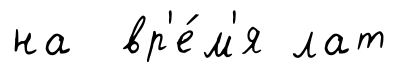
на вр'е́м'я лат